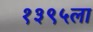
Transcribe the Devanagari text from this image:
१३९५ला